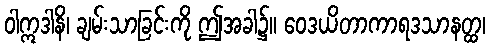
ဝါဣဒါနိ၊ ချမ်းသာခြင်းကို ဤအခါ၌။ ဝေဒယိတာကာရဒသာနတ္ထ၊